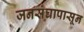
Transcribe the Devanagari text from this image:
जनसंघापासून